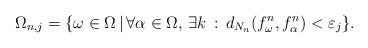
LaTeX: \begin{align*}\Omega_{n,j}=\{\omega\in\Omega\,|\,\forall \alpha\in \Omega,\,\exists k\,:\, d_{N_n}(f^n_\omega,f^n_\alpha)<\varepsilon_j\}.\end{align*}